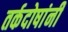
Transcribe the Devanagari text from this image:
तर्कदोषांनी